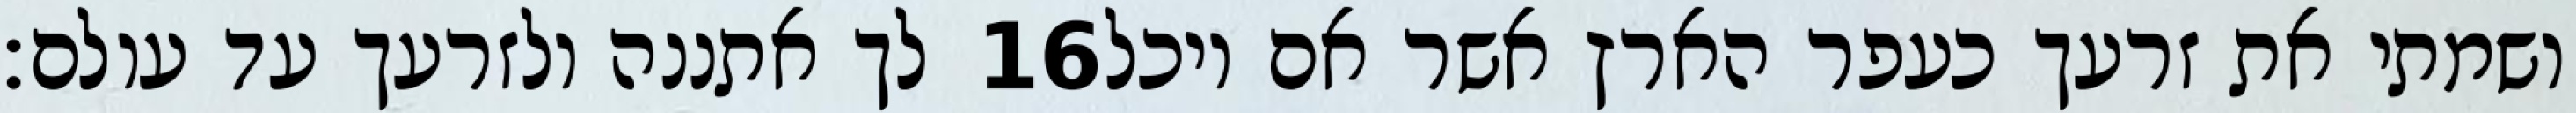
לך אתננה ולזרעך עד עולם׃ ‎16‏ ושמתי את זרעך כעפר הארץ אשר אם יוכל